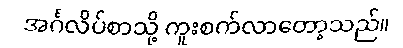
အင်္ဂလိပ်စာသို့ ကူးစက်လာတော့သည်။